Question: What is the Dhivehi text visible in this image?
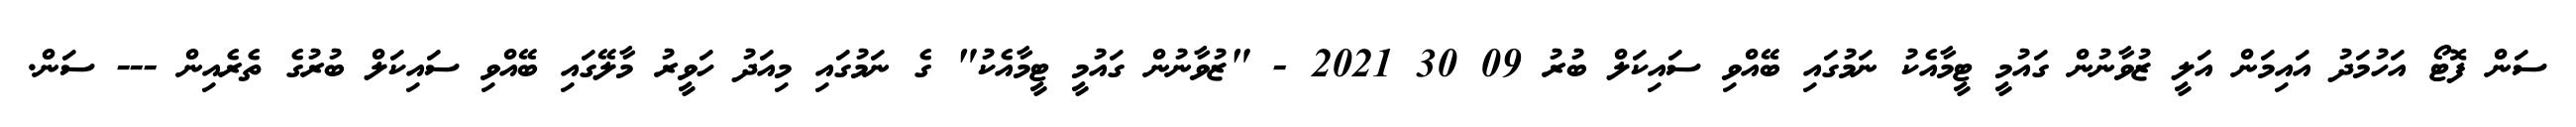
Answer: ސަން ފޮޓޯ އަހުމަދު އައިމަން އަލީ ޒުވާނުން ގައުމީ ޓީމާއެކު ނަމުގައި ބޭއްވި ސައިކަލް ބުރު 09 30 2021 - "ޒުވާނުން ގައުމީ ޓީމާއެކު" ގެ ނަމުގައި މިއަދު ހަވީރު މާލޭގައި ބޭއްވި ސައިކަލް ބުރުގެ ތެރެއިން --- ސަން.